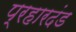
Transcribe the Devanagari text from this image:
प्रहारदंड